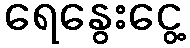
ရေနွေးငွေ့